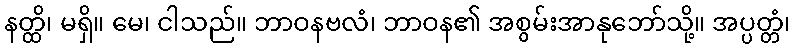
နတ္ထိ၊ မရှိ။ မေ၊ ငါသည်။ ဘာဝနဗလံ၊ ဘာဝန၏ အစွမ်းအာနုဘော်သို့။ အပ္ပတ္တံ၊